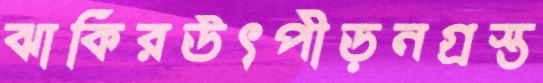
ঝাকিরউৎপীড়নগ্রস্ত